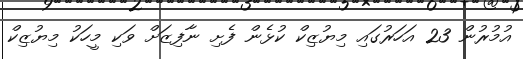
އުމުރުން 23 އަހަރުގައި މިޔުޒިކް ކުޅެން ފެށި ނާފިޒަށް ވަކި މީހަކު މިޔުޒިކް